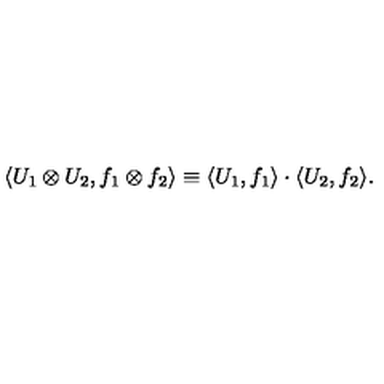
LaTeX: \langle U _ { 1 } \otimes U _ { 2 } , f _ { 1 } \otimes f _ { 2 } \rangle \equiv \langle U _ { 1 } , f _ { 1 } \rangle \cdot \langle U _ { 2 } , f _ { 2 } \rangle .